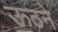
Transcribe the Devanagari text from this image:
ऊठने